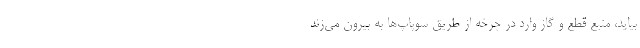
بیاید، منبع قطع و گاز وارد در چرخه از طریق سوپاپ‌ها به بیرون می‌زند